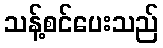
သန့်စင်ပေးသည်